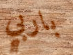
باربي